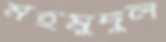
মহমুদুল